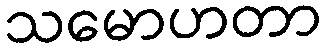
သမောဟတာ